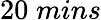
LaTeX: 20\; mins